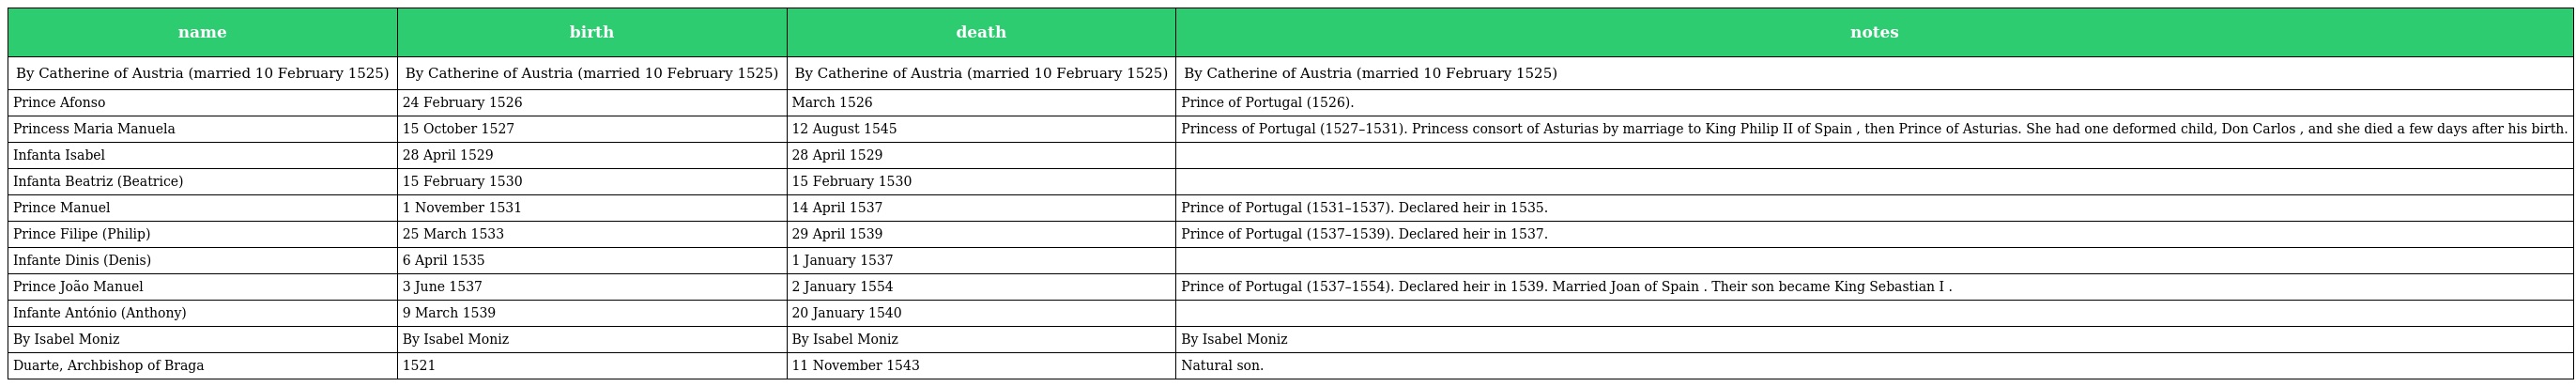
| name | birth | death | notes |
 | --- | --- | --- | --- |
 | By Catherine of Austria (married 10 February 1525) | By Catherine of Austria (married 10 February 1525) | By Catherine of Austria (married 10 February 1525) | By Catherine of Austria (married 10 February 1525) |
 | Prince Afonso | 24 February 1526 | March 1526 | Prince of Portugal (1526). |
 | Princess Maria Manuela | 15 October 1527 | 12 August 1545 | Princess of Portugal (1527–1531). Princess consort of Asturias by marriage to King Philip II of Spain , then Prince of Asturias. She had one deformed child, Don Carlos , and she died a few days after his birth. |
 | Infanta Isabel | 28 April 1529 | 28 April 1529 |  |
 | Infanta Beatriz (Beatrice) | 15 February 1530 | 15 February 1530 |  |
 | Prince Manuel | 1 November 1531 | 14 April 1537 | Prince of Portugal (1531–1537). Declared heir in 1535. |
 | Prince Filipe (Philip) | 25 March 1533 | 29 April 1539 | Prince of Portugal (1537–1539). Declared heir in 1537. |
 | Infante Dinis (Denis) | 6 April 1535 | 1 January 1537 |  |
 | Prince João Manuel | 3 June 1537 | 2 January 1554 | Prince of Portugal (1537–1554). Declared heir in 1539. Married Joan of Spain . Their son became King Sebastian I . |
 | Infante António (Anthony) | 9 March 1539 | 20 January 1540 |  |
 | By Isabel Moniz | By Isabel Moniz | By Isabel Moniz | By Isabel Moniz |
 | Duarte, Archbishop of Braga | 1521 | 11 November 1543 | Natural son. |